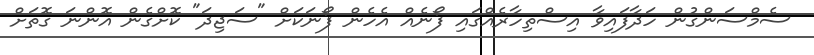
ސެމްސަންގުން ހަދާފައިވާ އިސްތިހާރެއްގައި ފޯނެއް އެހެން ފޯނަކަށް "ސަޖިދަ" ކޮށްގެން އޮންނަ ގޮތަށް